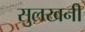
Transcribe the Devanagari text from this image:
सुलखनी